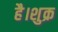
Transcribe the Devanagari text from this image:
है।शुक्र